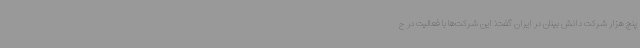
پنج هزار شرکت دانش بینان در ایران گفت: این شرکت‌ها با فعالیت در ح